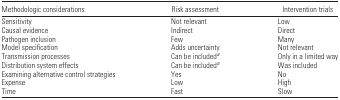
| Methodologic considerations | Risk assessment | Intervention trials |
 | --- | --- | --- |
 | Sensitivity | Not relevant | Low |
 | Causal evidence | Indirect | Direct |
 | Pathogen inclusion | Few | Many |
 | Model specification | Adds uncertainty | Not relevant |
 | Transmission processes | Can be includeda | Only in a limited way |
 | Distribution system effects | Can be includeda | Was included |
 | Examining alternative control strategies | Yes | No |
 | Expense | Low | High |
 | Time | Fast | Slow |